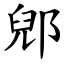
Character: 郳